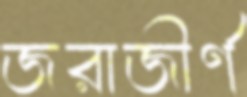
জরাজীর্ণ